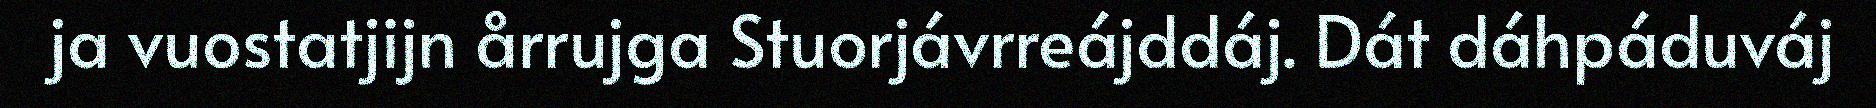
ja vuostatjijn årrujga Stuorjávrreájddáj. Dát dáhpáduváj